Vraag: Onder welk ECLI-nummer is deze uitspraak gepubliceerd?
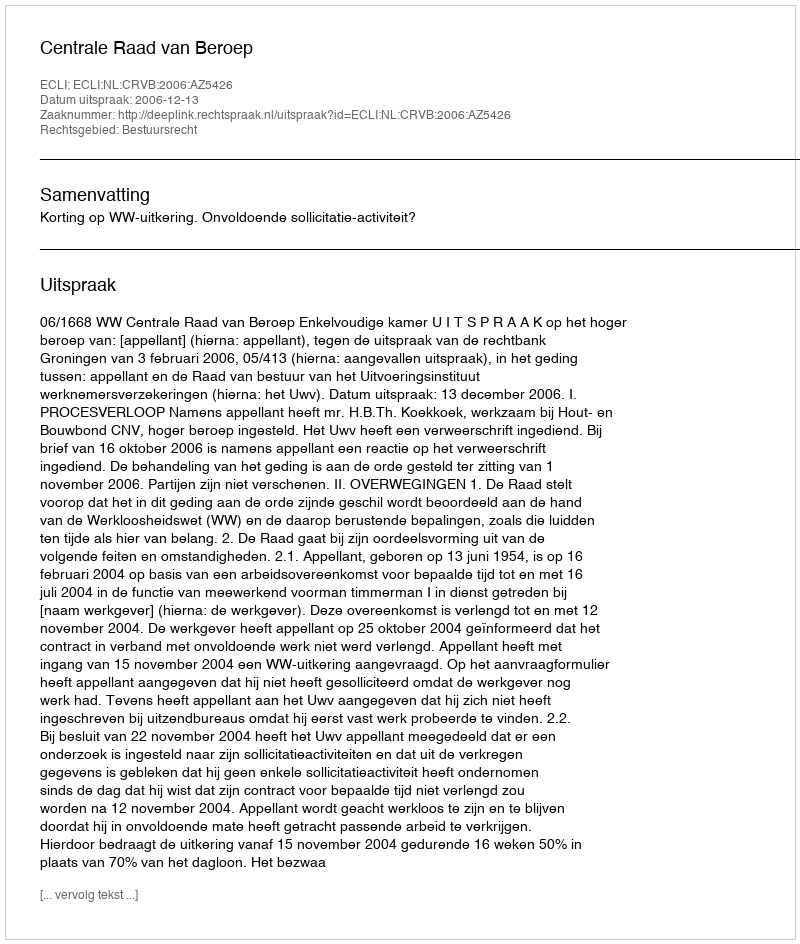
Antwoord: ECLI:NL:CRVB:2006:AZ5426